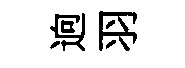
逈羽